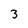
Character: 3